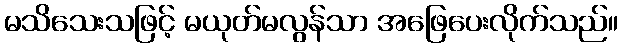
မသိသေးသဖြင့် မယုတ်မလွန်သာ အဖြေပေးလိုက်သည်။